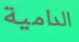
الدامية